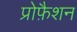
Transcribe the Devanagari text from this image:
प्रोफ़ैशन